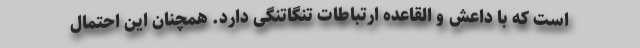
است که با داعش و القاعده ارتباطات تنگاتنگی دارد. همچنان این احتمال